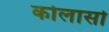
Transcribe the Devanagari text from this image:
कोलासो